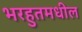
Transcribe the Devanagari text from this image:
भरहुतमधील